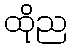
ထိုည